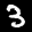
Label: 3